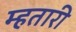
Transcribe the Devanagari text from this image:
म्हतारी